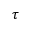
\tau